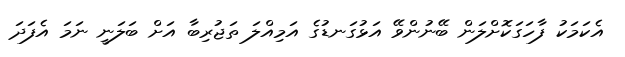
އެކަމަކު ފާހަގަކޮށްލަން ބޭނުންވޭ އަޅުގަނޑުގެ އަމިއްލަ ތަޖުރިބާ އަށް ބަލަނީ ނަމަ އެފަދަ